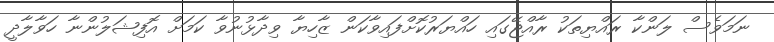
ނަމަވެސް ލަންކާ ރައްޔިތަކު ރާއްޖޭގައި ހައްޔަރުކޮށްފައިވާކަން ޒާހިޔާ ވިދާޅުނުވާ ކަމަށް އޮފިޝަލުންނާ ހަވާލާދީ